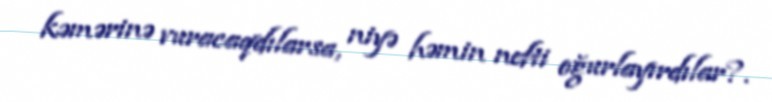
kəmərinə vuracaqdılarsa, niyə həmin nefti oğurlayırdılar?.